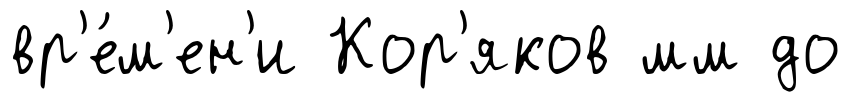
вр'е́м'ен'и Кор'яков мм до